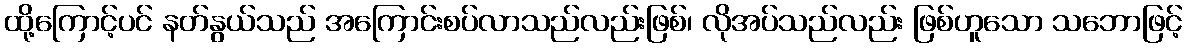
ထို့ကြောင့်ပင် နတ်နွယ်သည် အကြောင်းစပ်လာသည်လည်းဖြစ်၊ လိုအပ်သည်လည်း ဖြစ်ဟူသော သဘောဖြင့်